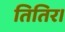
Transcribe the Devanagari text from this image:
तितिर।